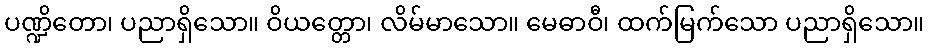
ပဏ္ဍိတော၊ ပညာရှိသော။ ဝိယတ္တော၊ လိမ်မာသော။ မေဓာဝီ၊ ထက်မြက်သော ပညာရှိသော။